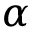
\alpha